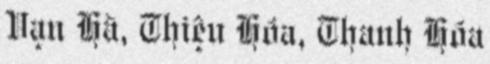
Vạn Hà, Thiệu Hóa, Thanh Hóa